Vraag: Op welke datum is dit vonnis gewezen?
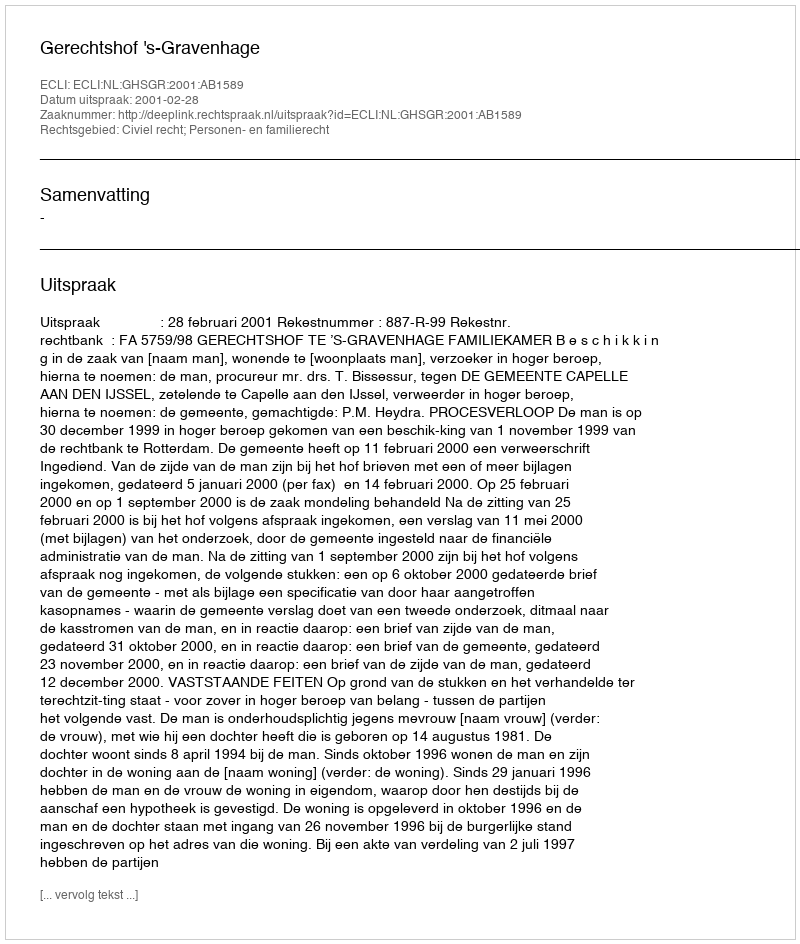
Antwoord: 2001-02-28